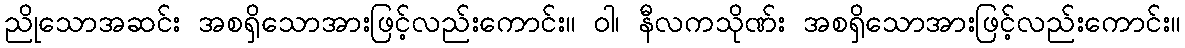
ညိုသောအဆင်း အစရှိသောအားဖြင့်လည်းကောင်း။ ဝါ၊ နီလကသိုဏ်း အစရှိသောအားဖြင့်လည်းကောင်း။